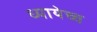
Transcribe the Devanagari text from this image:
ध्यायेच्च